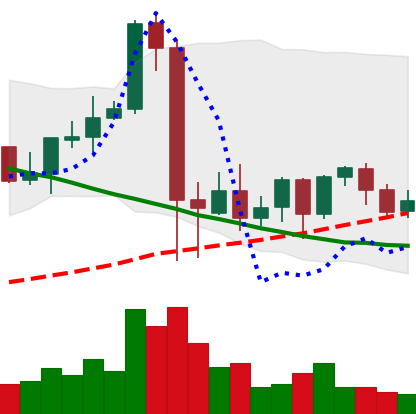
Ticker: NEO-USD
Chart end date: 2021-09-18
Forward return: -11.508%
Label: down_7plus